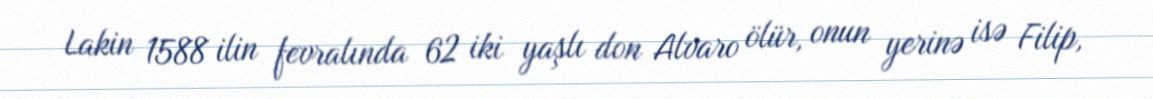
Lakin 1588 ilin fevralında 62 iki yaşlı don Alvaro ölür, onun yerinə isə Filip,